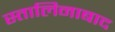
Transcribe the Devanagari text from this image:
स्तालिनाबाद